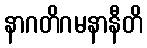
နာဂတိဂမနာနီတိ